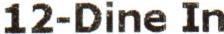
12-DINE IN